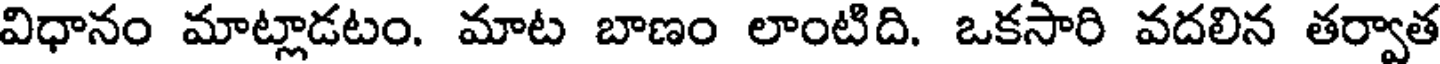
విధానం మాట్లాడటం. మాట బాణం లాంటిది. ఒకసారి వదలిన తర్వాత